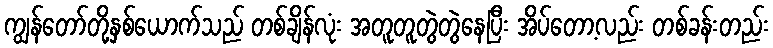
ကျွန်တော်တို့နှစ်ယောက်သည် တစ်ချိန်လုံး အတူတူတွဲတွဲနေပြီး အိပ်တော့လည်း တစ်ခန်းတည်း